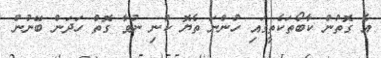
އެ ގޮތުން ކާބޯތަކެތީގައި ހުންނަ ތެޔޮ ކުނި ނުވާ ގޮތް ހަދަން ބޭނުން